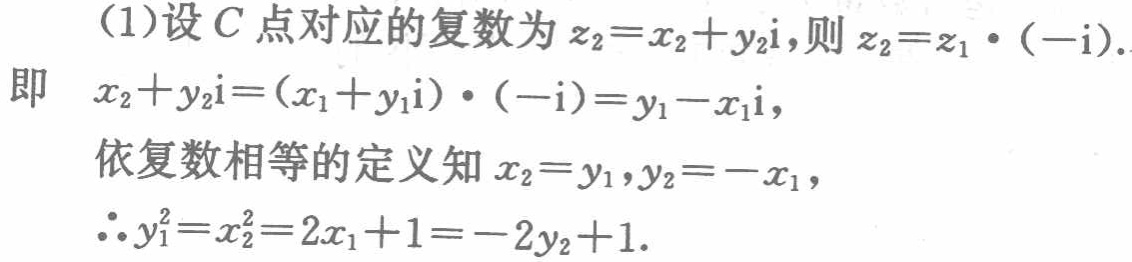
(1)设\(C\)点对应的复数为\(z_{2}=x_{2}+y_{2}\mathrm{i}\)，则\(z_{2}=z_{1}\cdot (-\mathrm{i})\).
即 \(x_{2}+y_{2}\mathrm{i}=(x_{1}+y_{1}\mathrm{i})\cdot (-\mathrm{i})=y_{1}-x_{1}\mathrm{i}\)，
依复数相等的定义知\(x_{2}=y_{1},y_{2}=-x_{1}\)，
\(\therefore y_{1}^{2}=x_{2}^{2}=2x_{1}+1=-2y_{2}+1\).